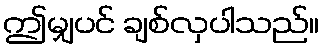
ဤမျှပင် ချစ်လှပါသည်။